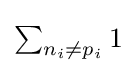
{\textstyle \sum _{n_{i}\neq p_{i}}1}